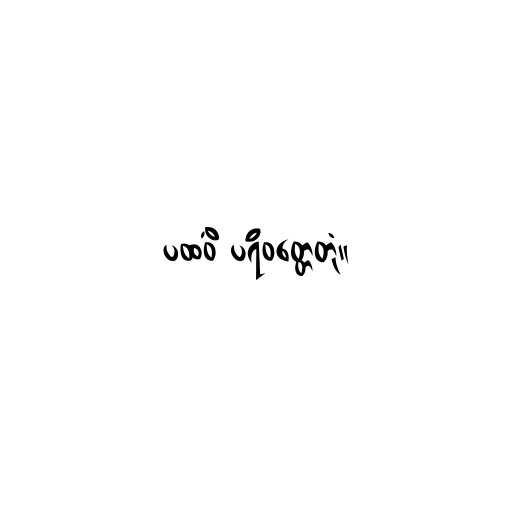
ပထဝိံ ပရိဝတ္တေတုံ။